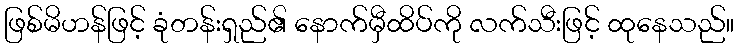
ဖြစ်မိဟန်ဖြင့် ခုံတန်းရှည်၏ နောက်မှီထိပ်ကို လက်သီးဖြင့် ထုနေသည်။